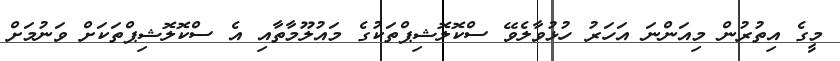
މީގެ އިތުރުން މިއަންނަ އަހަރު ހުޅުވާލެވޭ ސްކޮލޮޝިޕްތަކުގެ މައުލޫމާތާއި އެ ސްކޮލޮޝިޕްތަކަށް ވަނުމަށް